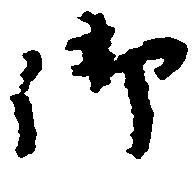
御